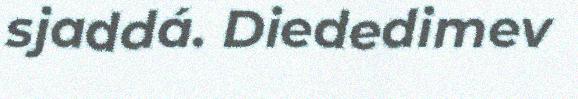
sjaddá. Diededimev